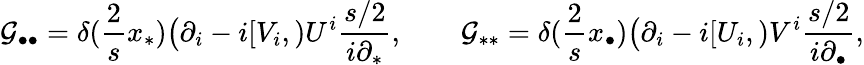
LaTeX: {\cal G}_{\bullet\bullet}=\delta({\frac{2}{s}}x_{\ast})\big(\partial_{i}-i[V_{i},)U^{i}{\frac{s/2}{i\partial_{\ast}}},\qquad{\cal G}_{\ast\ast}=\delta({\frac{2}{s}}x_{\bullet})\big(\partial_{i}-i[U_{i},)V^{i}{\frac{s/2}{i\partial_{\bullet}}},